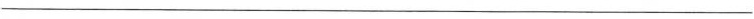
___